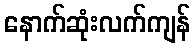
နောက်ဆုံးလက်ကျန်